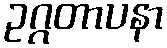
ဥဂ္ဂတာပနာ